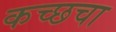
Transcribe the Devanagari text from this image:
कच्छचा